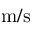
\mathrm { m / s }